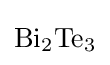
{\mathrm {Bi} {\vphantom {A}}_{\smash[{t}]{2}}\mathrm {Te} {\vphantom {A}}_{\smash[{t}]{3}}}